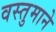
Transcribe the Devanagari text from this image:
वस्तुमाने